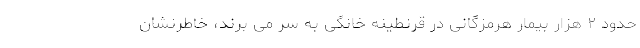
حدود ۲ هزار بیمار هرمزگانی در قرنطینه خانگی به سر می برند، خاطرنشان